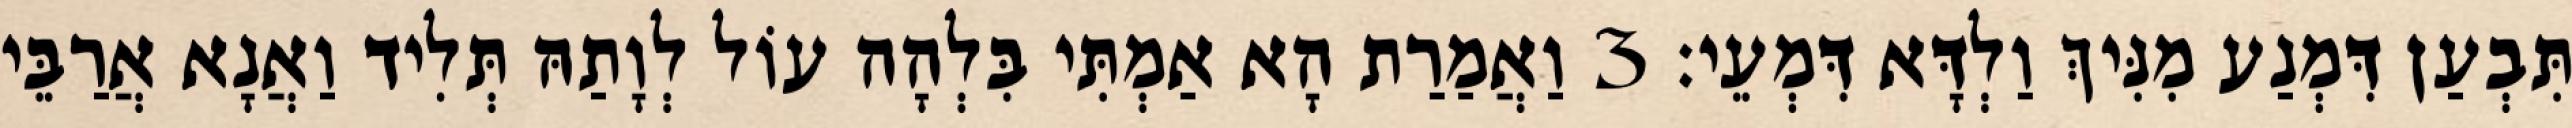
תִּבְעַן דִּמְנַע מִנִּיךְ וַלְדָּא דִּמְעֵי׃ 3 וַאֲמַרַת הָא אַמְתִּי בִּלְהָה עוֹל לְוָתַהּ תְּלִיד וַאֲנָא אֲרַבֵּי